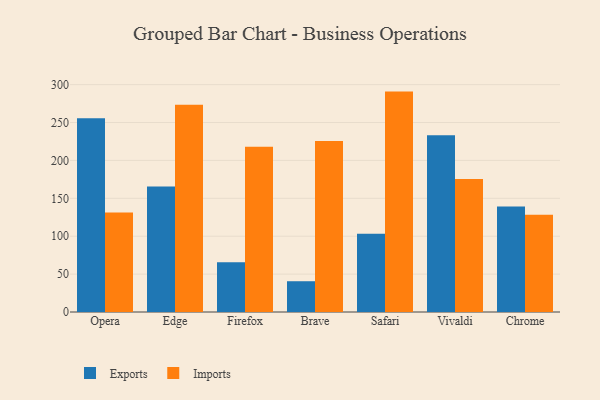
{"axis": {"x": "Browser", "y": "Conversion Rate (%)"}, "legend": ["Exports", "Imports"], "data": [{"x": "Opera", "y": 255.6, "type": "Exports"}, {"x": "Opera", "y": 131.2, "type": "Imports"}, {"x": "Edge", "y": 165.5, "type": "Exports"}, {"x": "Edge", "y": 273.5, "type": "Imports"}, {"x": "Firefox", "y": 65.5, "type": "Exports"}, {"x": "Firefox", "y": 217.9, "type": "Imports"}, {"x": "Brave", "y": 40.6, "type": "Exports"}, {"x": "Brave", "y": 225.5, "type": "Imports"}, {"x": "Safari", "y": 103.1, "type": "Exports"}, {"x": "Safari", "y": 290.8, "type": "Imports"}, {"x": "Vivaldi", "y": 233.2, "type": "Exports"}, {"x": "Vivaldi", "y": 175.5, "type": "Imports"}, {"x": "Chrome", "y": 139.2, "type": "Exports"}, {"x": "Chrome", "y": 128.2, "type": "Imports"}]}